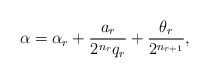
\begin{align*}\alpha=\alpha_r+\frac{a_r}{2^{n_r} q_r}+ \frac{\theta_r}{2^{n_{r+1}}},\end{align*}